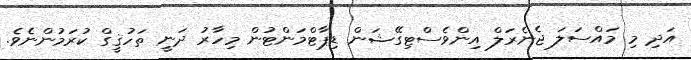
އަދި މި މައްސަލަ ޖެނެރަލް އިންވެސްޓިގޭޝަން ޑިޕާޓްމަންޓުން މިހާރު ދަނީ ތަހުޤީގް ކުރަމުންނެވެ.